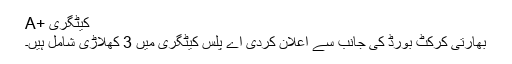
A+ کیٹگری
بھارتی کرکٹ بورڈ کی جانب سے اعلان کردی اے پلس کیٹگری میں 3 کھلاڑی شامل ہیں۔